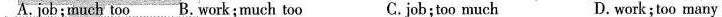
A.job;much too B. Work;much too C.job;too much D.work;too many